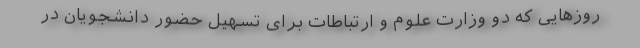
روزهایی که دو وزارت علوم و ارتباطات برای تسهیل حضور دانشجویان در